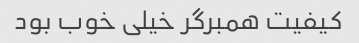
کیفیت همبرگر خیلی خوب بود